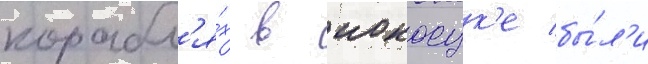
корабл'я́х в иокосук'е бы́л'и